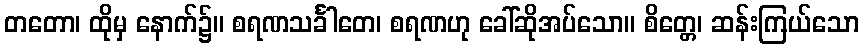
တတော၊ ထိုမှ နောက်၌။ စရဏသင်္ခါတေ၊ စရဏဟု ခေါ်ဆိုအပ်သော။ စိတ္တေ၊ ဆန်းကြယ်သော